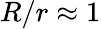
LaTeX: R/r\approx 1